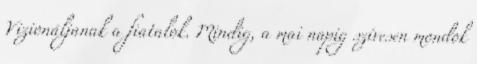
Vizionáljanak a fiatalok. Mindig, a mai napig szívesen mondok